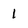
Character: 1